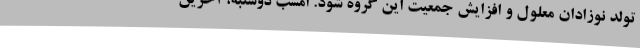
تولد نوزادان معلول و افزایش جمعیت این گروه شود. امشب دوشنبه، آخرین